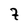
Character: 7